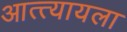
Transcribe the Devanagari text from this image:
आत्त्यायला